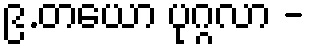
၉.တယော ပုဂ္ဂလာ -